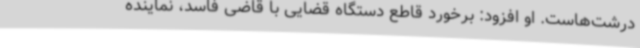
درشت‌هاست. او افزود: برخورد قاطع دستگاه قضایی با قاضی فاسد، نماینده